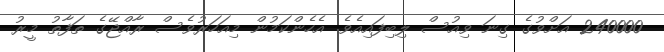
240000 އަށްވުގެ ގިނަ ވިއުސް ލިބިފައިއެވެ. އެހެންކަމުން މިއަހަރުވެސް ރާއްޖޭގެ ތަފާތު މީރު